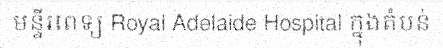
មន្ទីរពេទ្យ Royal Adelaide Hospital ក្នុងតំបន់